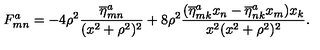
F _ { m n } ^ { a } = - 4 \rho ^ { 2 } \frac { \overline { \eta } _ { m n } ^ { a } } { ( x ^ { 2 } + \rho ^ { 2 } ) ^ { 2 } } + 8 \rho ^ { 2 } \frac { ( \overline { \eta } _ { m k } ^ { a } x _ { n } - \overline { \eta } _ { n k } ^ { a } x _ { m } ) x _ { k } } { x ^ { 2 } ( x ^ { 2 } + \rho ^ { 2 } ) ^ { 2 } } .